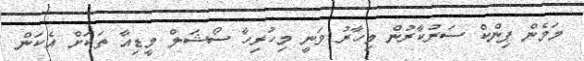
މަމެން ޕިންކް ސަރުކާރުން މިހާރު ވަނީ މިހުރިހާ ސޯޝަލް މީޑިއާ ތަކަށް އެކަން